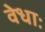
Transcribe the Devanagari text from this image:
वेधाः